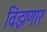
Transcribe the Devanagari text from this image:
विझणार